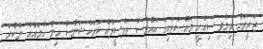
ޒަރީރަށް ދިމާވި ސިއްހީ މައްސަލައިގެ އެއްވެސް ތަފްސީލެއް ކަރެކްޝަންސް އިން ހާމައެއް ނުކުރެ